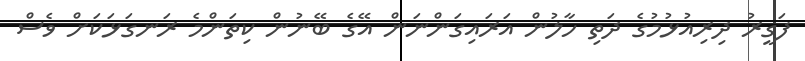
ފަގީރު ދިރިއުޅުމުގެ ދަތި ހާލުން އަރައިގަންނަން އޭގެ ބޭނުން ކިތަންމެ ރަނގަޅަކަށް ވެސް